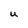
Character: U